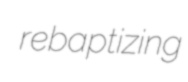
rebaptizing